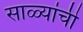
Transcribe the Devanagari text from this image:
साळ्यांची